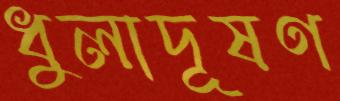
ধুলাদূষণ